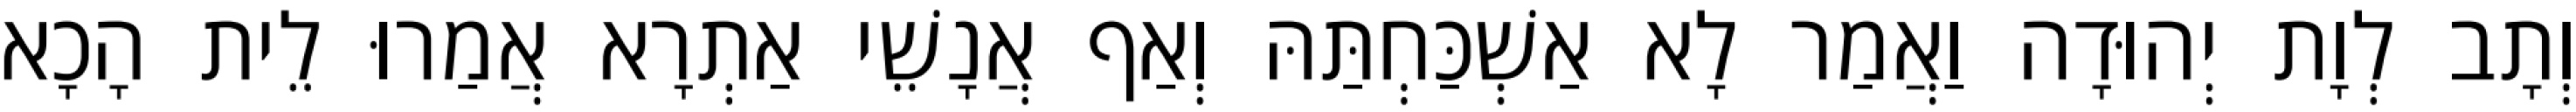
וְתָב לְוָת יְהוּדָה וַאֲמַר לָא אַשְׁכַּחְתַּהּ וְאַף אֲנָשֵׁי אַתְרָא אֲמַרוּ לֵית הָכָא